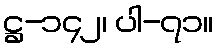
ဋ္ဌ-၁၄၂၊ ပါ-၇၁။